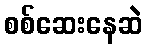
စစ်ဆေးနေဆဲ